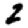
Digit: 2